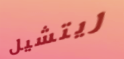
ريتشيل